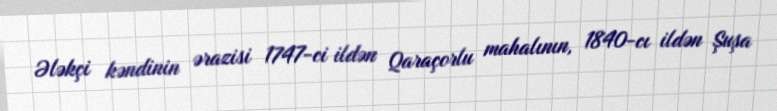
Ələkçi kəndinin ərazisi 1747-ci ildən Qaraçorlu mahalının, 1840-cı ildən Şuşa